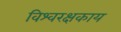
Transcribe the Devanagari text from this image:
विश्वरक्षकाय